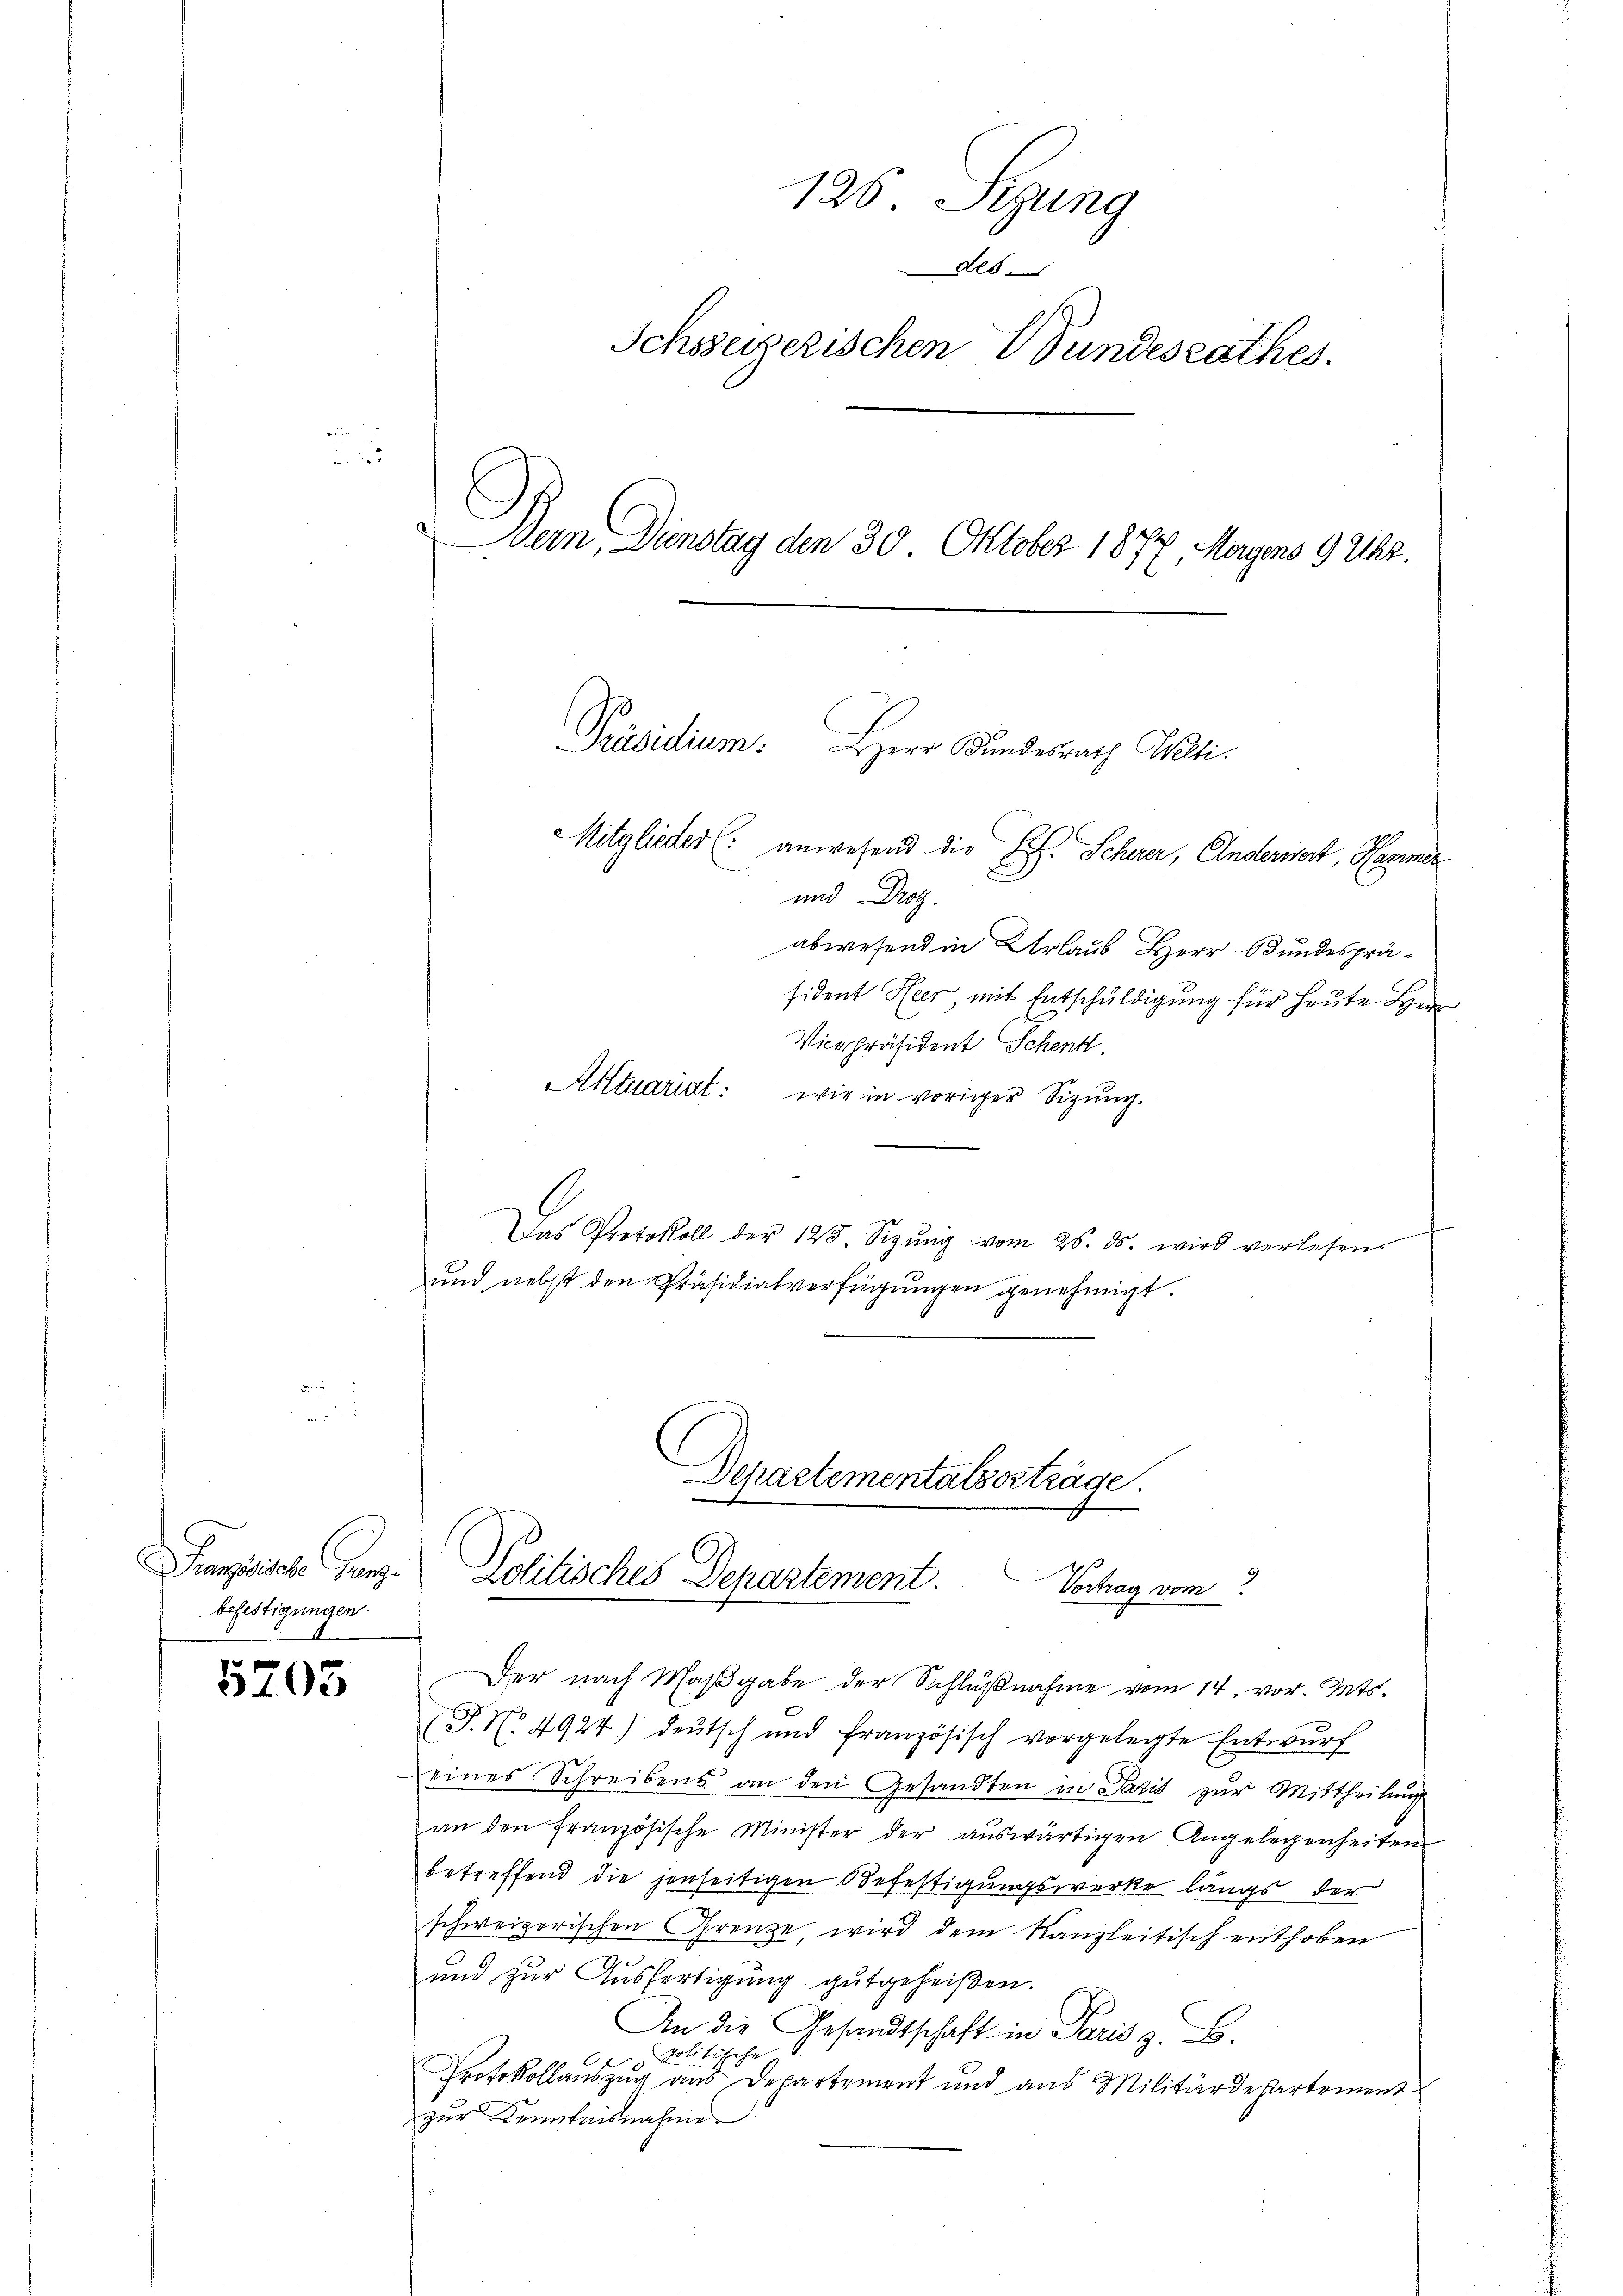
Passische Grenz.
befestigungen.

5705

126 Sezung
des
Schweizerischen Wundesrathes.

)
Dein Dienstag den 30 Oktober 1877, Magens 9 Uhr.

Mitglieder (: anwesend die L. Scherer, Anderwart, Hammer
und Droz.
abwesend in Urlaub Herr Bundespräsident Heer mit Entschuldigung für heute Herr
Vicepräsident Schenk.
Aktuariat: wie in voriger Sizŭng.
Das Protokoll der 128. Sizŭng vom 26. ds. wird verlesen
und nebst den Präsidialverfügungen genehmigt

Der nach Maβgabe der Schlŭβnahme vom 14. vor. Mts.
(P. Nr. 4924) deŭtsch und französisch vorgelegte Entwŭrf
eines Schreibens an den Gesandten in Paris zur Mittheilung
an den Französische Minister der aŭswärtigen Angelegenheiten
betreffend die jenseitigen Befestigungswerke längs der
schweizerischen Grenze wird dem Kanzleitisch enthoben
und zur Ausfertigung gutgeheißen.
An die Gesandtschaft in Paris z. B.
 Politische
Protokollauszug aus Departement und aus Militärdepartement
zur Kenntnisnahmen

Präsidium.
Herr Bundesrath Welti.

Departementalserträge.
Politisches Departement.
Vortrag vom